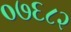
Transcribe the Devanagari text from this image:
०७६८२